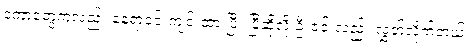
ဒကာတွေကလည်း နေရာခင်းကျင်းထားပြီး ပြီဆိုလို့ ဦးဇင်းလည်း လွှတ်လိုက်တယ်။